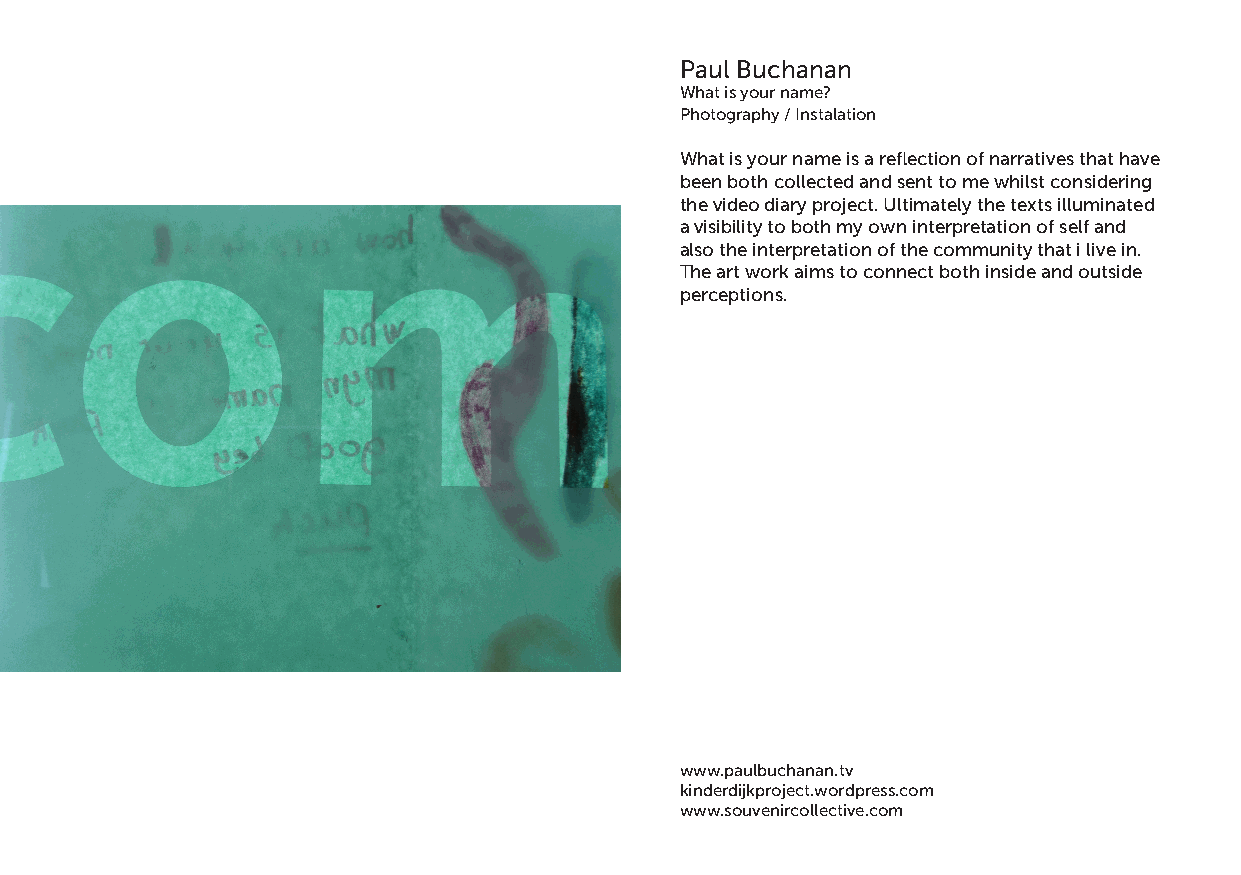
Paul Buchanan
 What is your name?
 Photography / Instalation
 What is your name is a reflection of narratives that have
 been both collected and sent to me whilst considering
 the video diary project. Ultimately the texts illuminated
 a visibility to both my own interpretation of self and
 also the interpretation of the community that i live in.
 The art work aims to connect both inside and outside
 perceptions.
 www.paulbuchanan.tv
 kinderdijkproject.wordpress.com
 www.souvenircollective.com